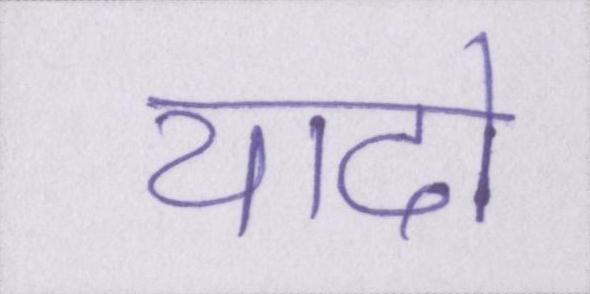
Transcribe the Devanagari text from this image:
यादो